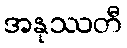
အနုဿတီ